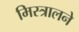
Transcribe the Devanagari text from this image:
मिस्त्रालने